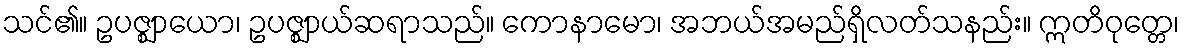
သင်၏။ ဥပဇ္ဈာယော၊ ဥပဇ္ဈာယ်ဆရာသည်။ ကောနာမော၊ အဘယ်အမည်ရှိလတ်သနည်း။ ဣတိဝုတ္တေ၊